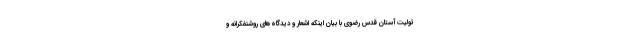
تولیت آستان قدس رضوی با بیان اینکه اشعار و دیدگاه‌های روشنفکرانه و